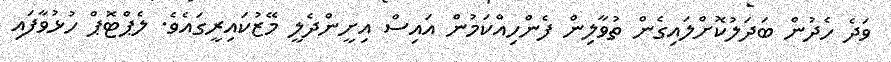
ވަދެ ހެދުން ބަދަލުކޮށްލައިގެން ތުވާލިން ފެންހިއްކަމުން އައިސް އިށީންދެލީ މޭޒުކައިރީގައެވެ. ލެޕްޓޮޕް ހުޅުވާފައި